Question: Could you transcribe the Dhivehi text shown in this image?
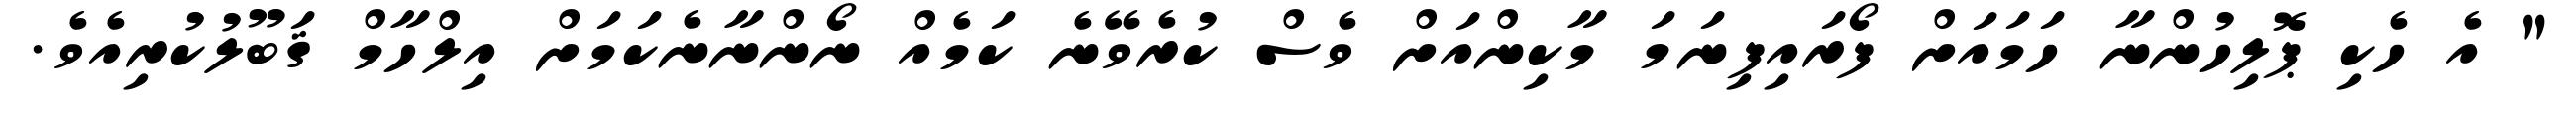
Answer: " އެ ހެކި ޕޮލިހުންނާ ހަމައަށް ފޯރައިފިނަމަ މާކިންއަށް ވެސް ކުރެވޭނެ ކަމެއް ނޯންނާނެކަމަށް އިލްހާމް ޤަބޫލުކުރިއެވެ.